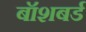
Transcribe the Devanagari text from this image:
बॉशबर्ड